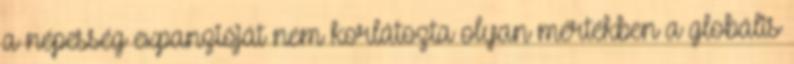
a népesség expanzióját nem korlátozta olyan mértékben a globális